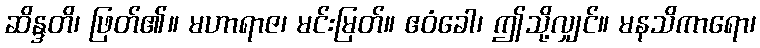
ဆိန္ဒတိ၊ ဖြတ်၏။ မဟာရာဇ၊ မင်းမြတ်။ ဧဝံခေါ၊ ဤသို့လျှင်။ မနသိကာရော၊